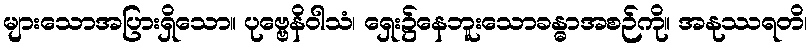
များသောအပြားရှိသော။ ပုဗ္ဗေနိဝါသံ၊ ရှေး၌နေဘူးသောခန္ဓာအစဉ်ကို။ အနုဿရတိ၊